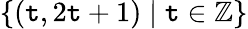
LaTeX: \{ (\mathtt{t},2\mathtt{t}+1)\mid\mathtt{t}\in\mathbb{{Z}}\}